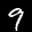
Label: 9